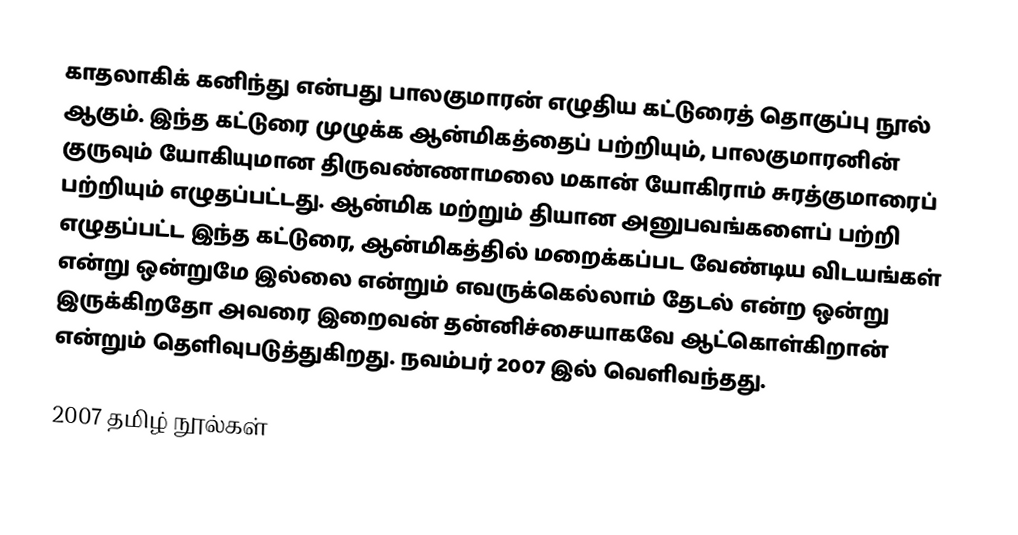
காதலாகிக் கனிந்து என்பது பாலகுமாரன் எழுதிய கட்டுரைத் தொகுப்பு நூல் ஆகும். இந்த கட்டுரை முழுக்க ஆன்மிகத்தைப் பற்றியும், பாலகுமாரனின் குருவும் யோகியுமான திருவண்ணாமலை மகான் யோகிராம் சுரத்குமாரைப் பற்றியும் எழுதப்பட்டது. ஆன்மிக மற்றும் தியான அனுபவங்களைப் பற்றி எழுதப்பட்ட இந்த கட்டுரை, ஆன்மிகத்தில் மறைக்கப்பட வேண்டிய விடயங்கள் என்று ஒன்றுமே இல்லை என்றும் எவருக்கெல்லாம் தேடல் என்ற ஒன்று இருக்கிறதோ அவரை இறைவன் தன்னிச்சையாகவே ஆட்கொள்கிறான் என்றும் தெளிவுபடுத்துகிறது. நவம்பர் 2007 இல் வெளிவந்தது.

2007 தமிழ் நூல்கள்